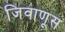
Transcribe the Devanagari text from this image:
जिवाणूस